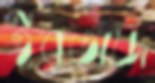
ইরতাজ